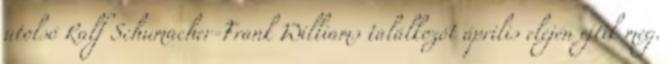
utolsó Ralf Schumacher-Frank Williams találkozót április elején ejtik meg.